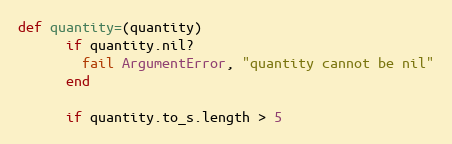
Language: Ruby
def quantity=(quantity)
      if quantity.nil?
        fail ArgumentError, "quantity cannot be nil"
      end

      if quantity.to_s.length > 5